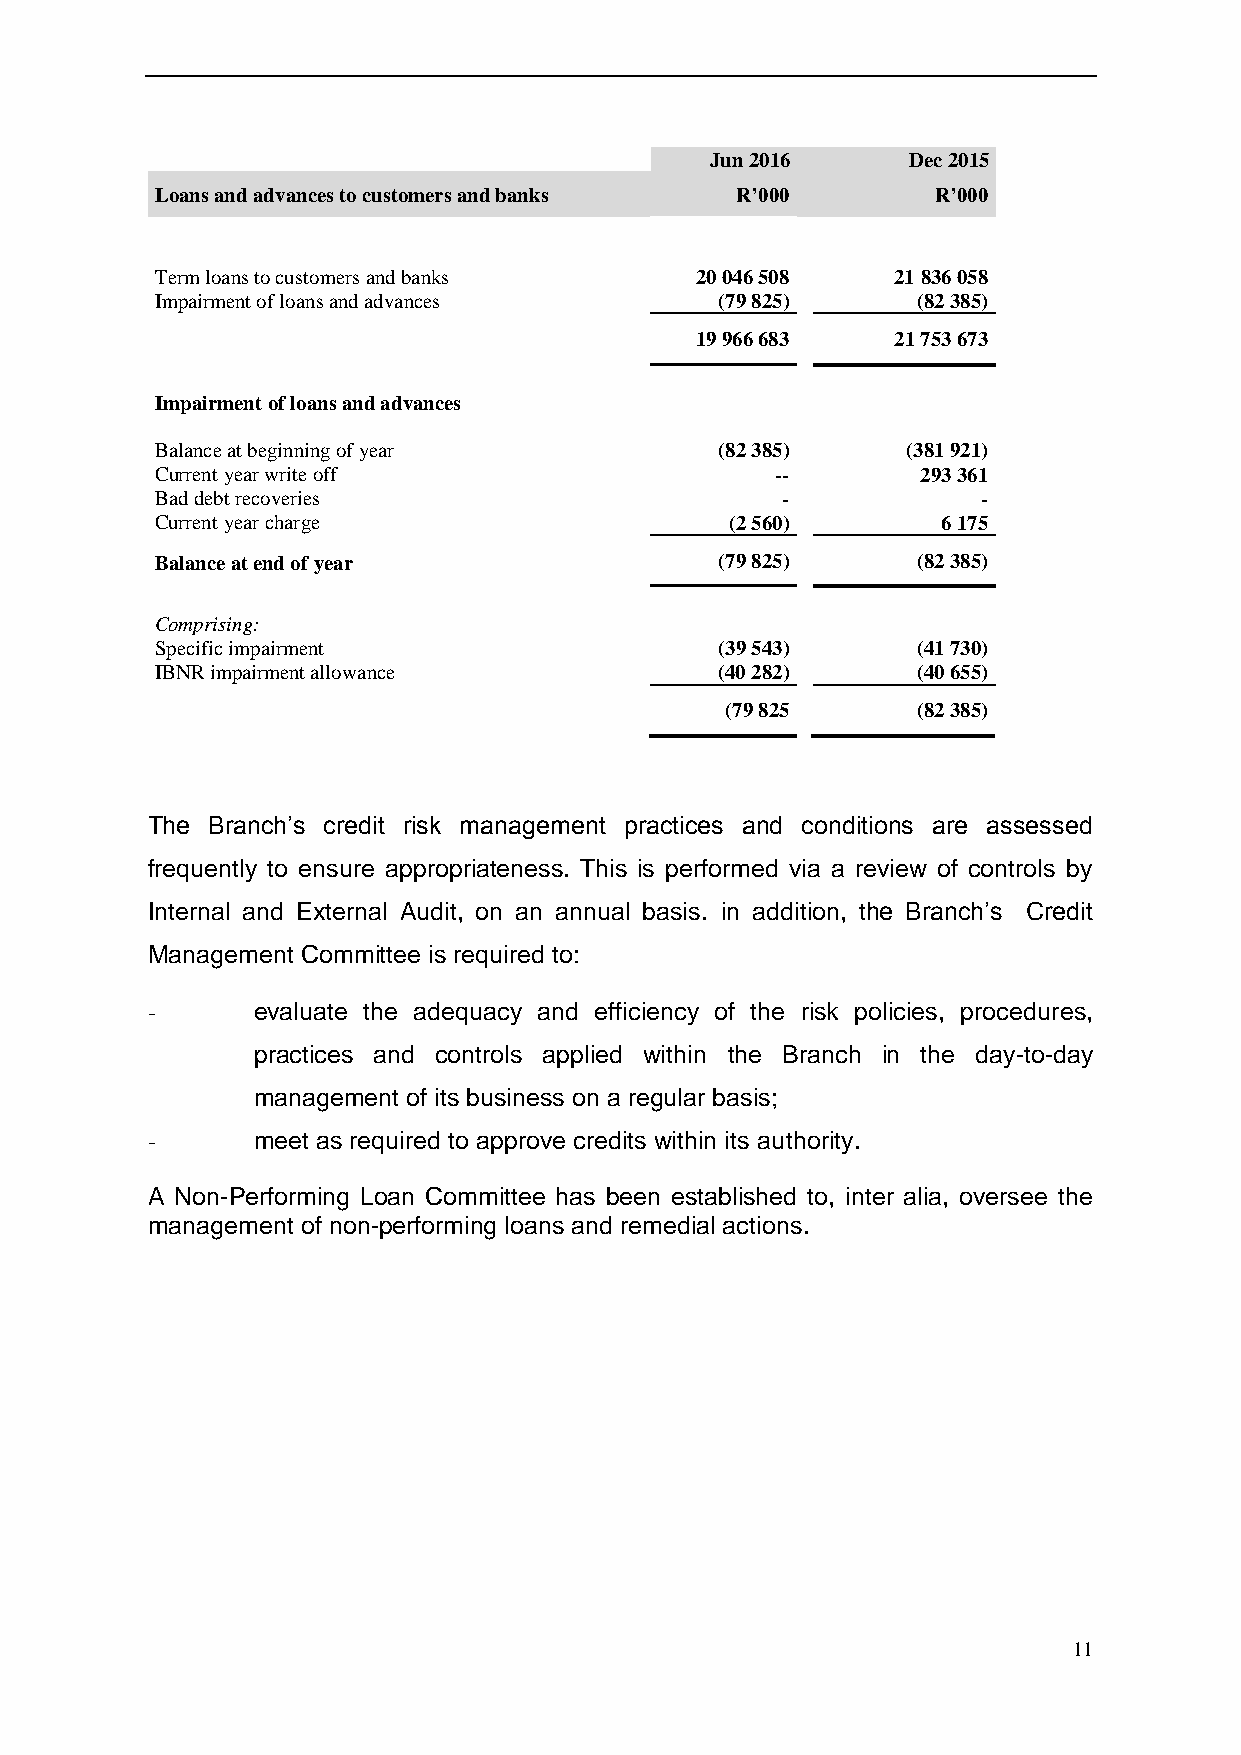
Jun 2016     Dec 2015
 Loans and advances to customers and banks R’000     R’000
 Term loans to customers and banks   20 046 508   21 836 058
 Impairment of loans and advances      (79 825)     (82 385)
 19 966 683   21 753 673
 Impairment of loans and advances
 Balance at beginning of year          (82 385)    (381 921)
 Current year write off                   --        293 361
 Bad debt recoveries                       -            -
 Current year charge                   (2 560)       6 175
 Balance at end of year                (79 825)     (82 385)
 Comprising:
 Specific impairment                   (39 543)     (41 730)
 IBNR impairment allowance             (40 282)     (40 655)
 (79 825      (82 385)
 The Branch’s credit risk management practices and conditions are assessed
 frequently to ensure appropriateness. This is performed via a review of controls by
 Internal and External Audit, on an annual basis. in addition, the Branch’s Credit
 Management Committee is required to:
 -      evaluate the adequacy and efficiency of the risk policies, procedures,
 practices and controls applied within the Branch in the day-to-day
 management of its business on a regular basis;
 -      meet as required to approve credits within its authority.
 A Non-Performing Loan Committee has been established to, inter alia, oversee the
 management of non-performing loans and remedial actions.
 11